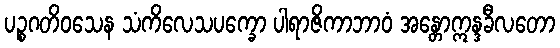
ပဉ္စဂတိဝသေန သံကိလေသပက္ခော ပါရာဇိကာဘာဝံ အန္တောဣန္ဒခီလတော